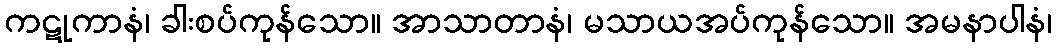
ကဋုကာနံ၊ ခါးစပ်ကုန်သော။ အာသာတာနံ၊ မသာယအပ်ကုန်သော။ အမနာပါနံ၊